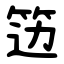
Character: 笾